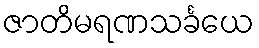
ဇာတိမရဏသင်္ခယေ